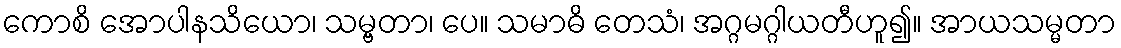
ကောစိ အောပါနသိယော၊ သမ္ဗတာ၊ ပေ။ သမာဓိ တေသံ၊ အဂ္ဂမဂ္ဂါယတီဟူ၍။ အာယသမ္မတာ